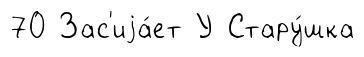
70 Зас'иjа́ет У Стару́шка